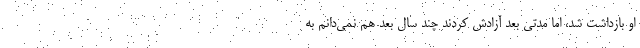
او بازداشت شد، اما مدتی بعد آزادش کردند چند سال بعد هم نمی‌دانم به